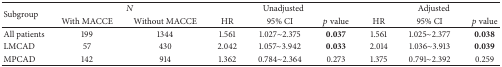
| <ROWSPAN=2> Subgroup | <COLSPAN=2> N | <COLSPAN=3> Unadjusted | <COLSPAN=3> Adjusted |
 | With MACCE | Without MACCE | HR | 95% CI | p value | HR | 95% CI | p value |
 | --- | --- | --- | --- | --- | --- | --- | --- | --- |
 | All patients | 199 | 1344 | 1.561 | 1.027~2.375 | 0.037 | 1.561 | 1.025~2.377 | 0.038 |
 | LMCAD | 57 | 430 | 2.042 | 1.057~3.942 | 0.033 | 2.014 | 1.036~3.913 | 0.039 |
 | MPCAD | 142 | 914 | 1.362 | 0.784~2.364 | 0.273 | 1.375 | 0.791~2.392 | 0.259 |